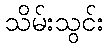
သိမ်းသွင်း